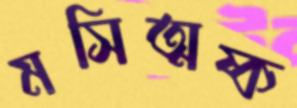
মসিত্মষ্ক